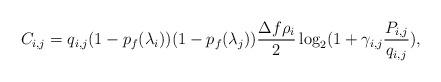
LaTeX: \begin{align*} C_{i,j} =q_{i,j} (1-p_{f} (\lambda_{i} ))(1-p_{f} (\lambda _{j} ))\frac{\Delta f\rho _{i} }{2} \log _{2} (1+\gamma _{i,j} \frac{P_{i,j} }{q_{i,j} } ), \end{align*}